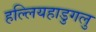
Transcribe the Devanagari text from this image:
हल्लियहाडुगलु